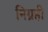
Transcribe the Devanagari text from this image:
निग्रही